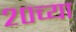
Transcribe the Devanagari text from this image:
२०च्या